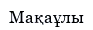
Мақаұлы